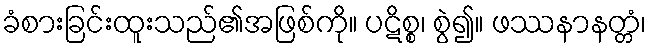
ခံစားခြင်းထူးသည်၏အဖြစ်ကို။ ပဋိစ္စ၊ စွဲ၍။ ဖဿနာနတ္တံ၊